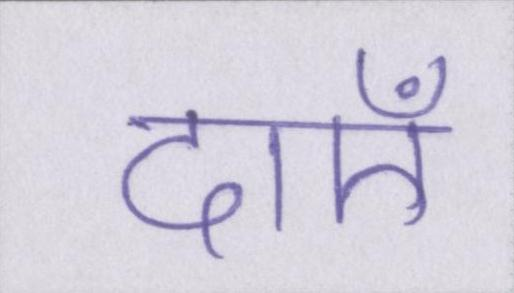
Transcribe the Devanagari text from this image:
दाएँ